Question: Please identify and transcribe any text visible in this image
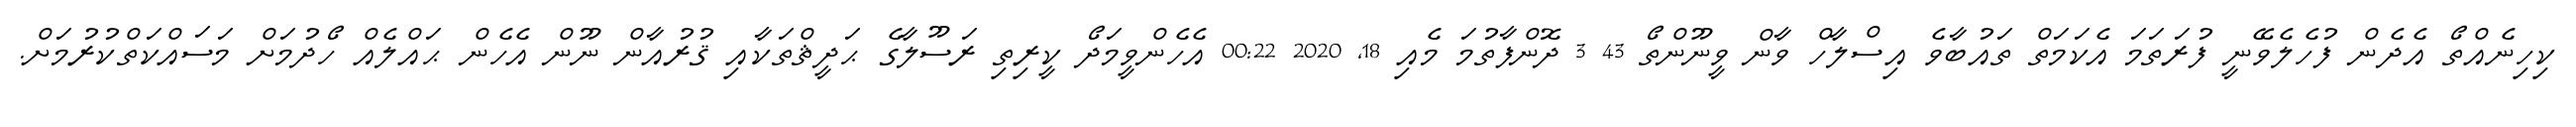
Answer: ކިހިނެއްތޯ އެދެން ފުހެލެވޭނީ ފުރަތަމަ އެކަމަތް ތައުބާވެ އިސްލާހް ވާން ވީނޫންތޯ 43 3 ދޮންފާތުމަ މެއި 18, 2020 00:22 އެހެންވީމަދޯ ކީރިތި ރަސޫލާގެ ޙަދީޘްތަކާއި ޤުރުއާން ނޫން އެހެން ޙައްލެއް ހޯދުމަށް މަސައްކަތްކުރުމަށް.